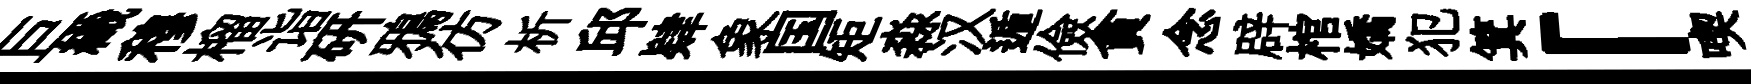
巨織穆榴诣硏鴉彷析邱肄象国矩淼汉遁儉貪念辟棺嬌犯箕「喫